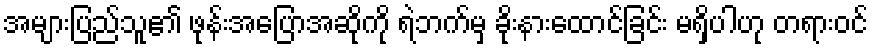
အများပြည်သူ၏ ဖုန်းအပြောအဆိုကို ရဲဘက်မှ ခိုးနားထောင်ခြင်း မရှိပါဟု တရားဝင်